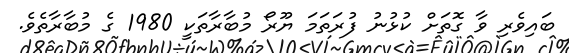
ބައިވެރި ވާ ގޮތަށް ކުޅުނު ފުރަތަމަ ޔޫރޯ މުބާރާތަކީ 1980 ގެ މުބާރާތެވެ.